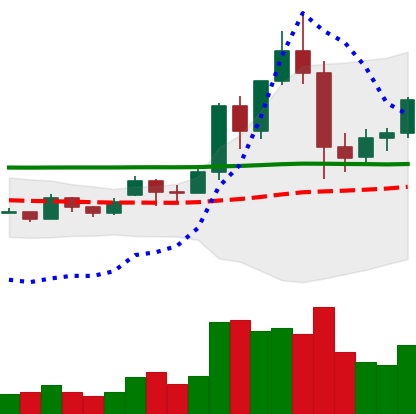
Ticker: EOS-USD
Chart end date: 2020-11-30
Forward return: -7.611%
Label: down_7plus